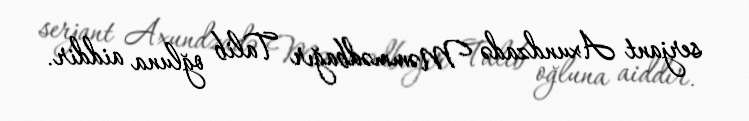
serjant Axundzadə Məmmədbağır Talib oğluna aiddir.